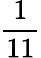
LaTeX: \frac{1}{11}